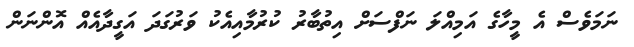
ނަމަވެސް އެ މީހާގެ އަމިއްލަ ނަފްސަށް އިތުބާރު ކުރުމާއިއެކު ވަރުގަދަ އަގީދާއެއް އޮންނަން